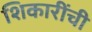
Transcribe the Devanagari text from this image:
शिकारींची